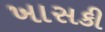
ખાસકી